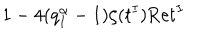
\, 1 - 4 ( q _ { I } ^ { \alpha } - 1 ) \zeta ( t ^ { I } ) \mathrm { R e } t ^ { I } \,